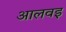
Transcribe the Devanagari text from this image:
आलवइ